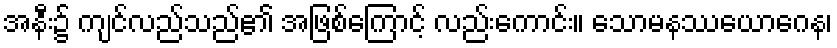
အနီး၌ ကျင်လည်သည်၏ အဖြစ်ကြောင့် လည်းကောင်း။ သောမနဿယောဂေန၊